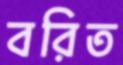
বরিত